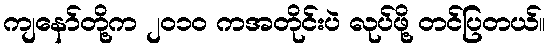
ကျနော်တို့က ၂၀၁၀ ကအတိုင်းပဲ လုပ်ဖို့ တင်ပြတယ်။